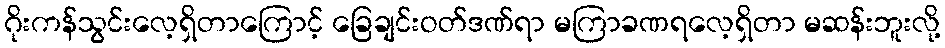
ဂိုးကန်သွင်းလေ့ရှိတာကြောင့် ခြေချင်းဝတ်ဒဏ်ရာ မကြာခဏရလေ့ရှိတာ မဆန်းဘူးလို့